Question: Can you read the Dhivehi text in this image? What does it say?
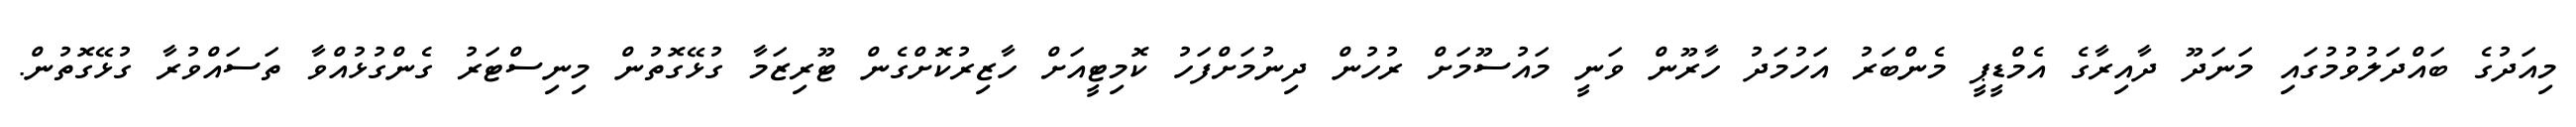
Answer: މިއަދުގެ ބައްދަލުވުމުގައި މަނަދޫ ދާއިރާގެ އެމްޑީޕީ މެންބަރު އަހުމަދު ހާރޫން ވަނީ މައުސޫމަށް ރުހުން ދިނުމަށްފަހު ކޮމިޓީއަށް ހާޒިރުކޮށްގެން ޓޫރިޒަމާ ގުޅޭގޮތުން މިނިސްޓަރު ގެންގުޅުއްވާ ތަސައްވުރާ ގުޅޭގޮތުން.